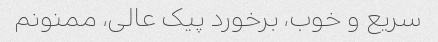
سریع و خوب، برخورد پیک عالی، ممنونم